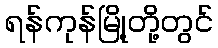
ရန်ကုန်မြို့တို့တွင်